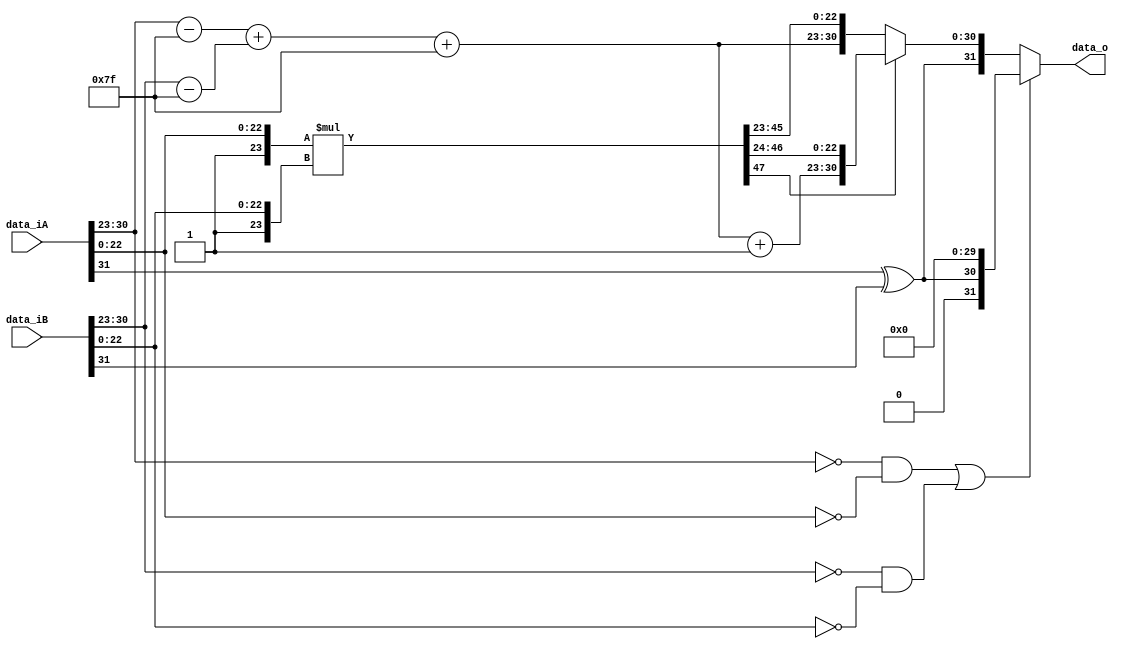
module FP_Mul(data_iA, data_iB, data_o);
    parameter   BUS_WIDTH = 32;
    
    input       [BUS_WIDTH - 1:0] data_iA, data_iB;
    output reg  [BUS_WIDTH - 1:0] data_o;

    reg SignA, SignB, SignFinal;
    reg [7:0]   ExpA, ExpB, ExpFinal;
    reg [22:0]  MantA, MantB;
    reg [48:0]  MantFinal;

    always @ (data_iA, data_iB) begin
        // Separate all components
        SignA   =   data_iA[31];
        SignB   =   data_iB[31];
        ExpA    =   data_iA[30:23] - 8'd127;
        ExpB    =   data_iB[30:23] - 8'd127;
        MantA   =   data_iA[22:0];
        MantB   =   data_iB[22:0];

        // Calculate sign bit
        SignFinal   =   SignA ^ SignB;

        // Calculte exponent
        ExpFinal    =   ExpA + ExpB + 8'd127;

        // Multiply two mantissae
        MantFinal =   { 1'b1,MantA } * { 1'b1, MantB };
		  
		  // HANDLE EXCEPTIONAL CASES
		  
		  // Missing NaN case
		  
		  // Missing Infinity number case
		  
		  // If either A or B is 0 (both mantissa and exponent are zero)
		  // the result is always 0
		  if ((data_iA[30:23] == 8'd0 && data_iA[22:0] == 23'd0) ||
				(data_iB[30:23] == 8'd0 && data_iB[22:0] == 23'd0)) begin
				data_o = { SignFinal, 30'd0 };
		  end
		  
		  // A and B not equal zero
		  else begin
			  if (MantFinal[47] == 1'b0) begin
					data_o 	=	{ SignFinal, ExpFinal, MantFinal[45:23] };
			  end
			  else begin
					data_o	=	{ SignFinal, ExpFinal + 8'd1, MantFinal[46:24] };
			  end
		  end
    end
endmodule